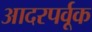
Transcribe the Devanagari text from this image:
आदरपर्वूक